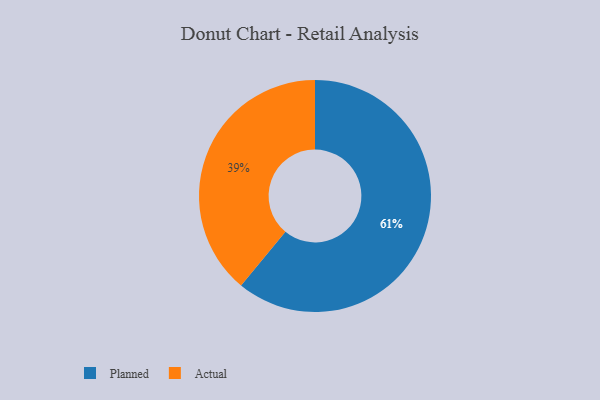
{"axis": {"x": "Category", "y": "Percentage"}, "legend": ["Actual", "Planned"], "data": [{"x": "Actual", "y": 39, "type": "Actual"}, {"x": "Planned", "y": 61, "type": "Planned"}]}